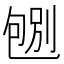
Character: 𠣶